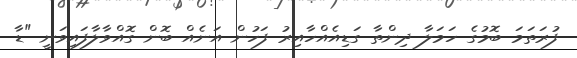
ފުރަތަމަ ބޮމުގެ ހަމަލާ ދިންތާ ގަޑިއެއްހާއިރު ފަހުން އަނެއް ބޮން ގޮއްވާލާފައިވަނީ "ޑާ